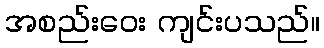
အစည်းဝေး ကျင်းပသည်။